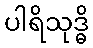
ပါရိသုဒ္ဓိ